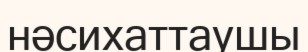
нәсихаттаушы